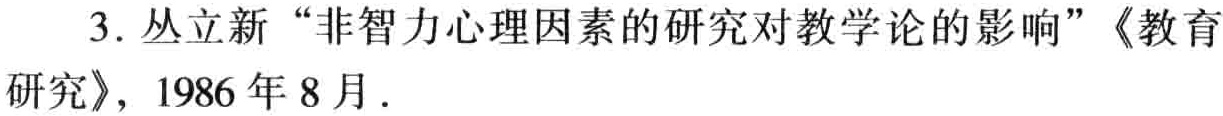
3. 丛立新 “非智力心理因素的研究对教学论的影响”《教育研究》, 1986年8月.